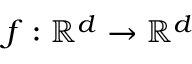
f : \mathbb R ^ { d } \rightarrow \mathbb R ^ { d }